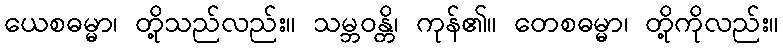
ယေစဓမ္မာ၊ တို့သည်လည်း။ သမ္ဘဝန္တိ၊ ကုန်၏။ တေစဓမ္မာ၊ တို့ကိုလည်း။